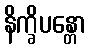
နိက္ခိပန္တော